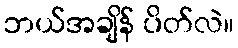
ဘယ်အချိန် ပိတ်လဲ။